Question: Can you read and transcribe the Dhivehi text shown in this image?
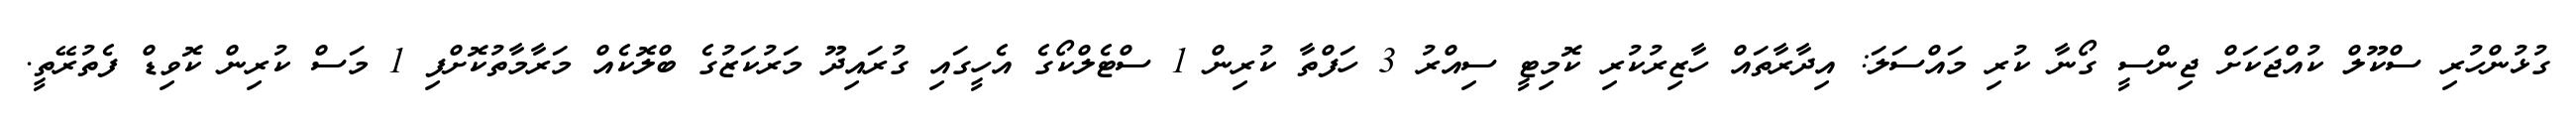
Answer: ގުޅުންހުރި ސްކޫލް ކުއްޖަކަށް ޖިންސީ ގޯނާ ކުރި މައްސަލަ: އިދާރާތައް ހާޒިރުކުރި ކޮމިޓީ ސިއްރު 3 ހަފްތާ ކުރިން 1 ސްޓެލްކޯގެ އެހީގައި ގުރައިދޫ މަރުކަޒުގެ ބްލޮކެއް މަރާމާތުކޮށްފި 1 މަސް ކުރިން ކޮވިޑް ފެތުރޭތީ.